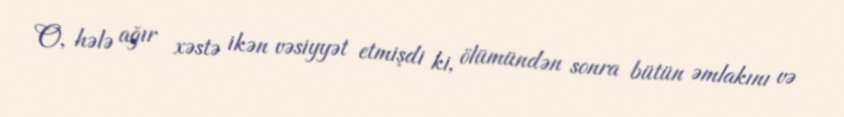
O, hələ ağır xəstə ikən vəsiyyət etmişdi ki, ölümündən sonra bütün əmlakını və